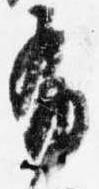
布